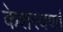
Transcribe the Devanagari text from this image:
केशरवर्णा